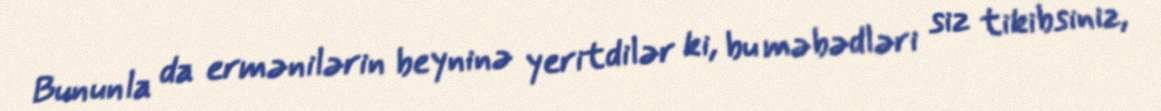
Bununla da ermənilərin beyninə yeritdilər ki, bu məbədləri siz tikibsiniz,